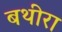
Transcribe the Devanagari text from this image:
बथीरा